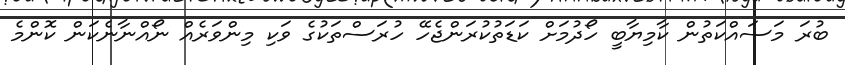
ބުރަ މަސައްކަތުން ކާމިޔާބީ ހޯދުމަށް ކަޑަތުކުރަންޖެހޭ ހުރަސްތަކުގެ ވަކި މިންވަރެއް ނޯއްނާނެކަން ކޮންމެ